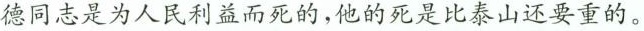
徳同志是为人民利益而死的，他的死是比泰山还要重的。